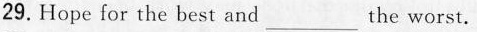
29.Hope for the best and___ the worst.